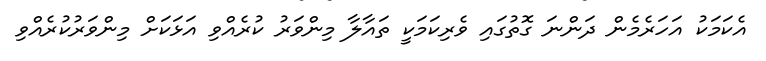
އެކަމަކު އަހަރެމެން ދަންނަ ގޮތުގައި ވެރިކަމަކީ ތައާލާ މިންވަރު ކުރެއްވި އަޅަކަށް މިންވަރުކުރެއްވި